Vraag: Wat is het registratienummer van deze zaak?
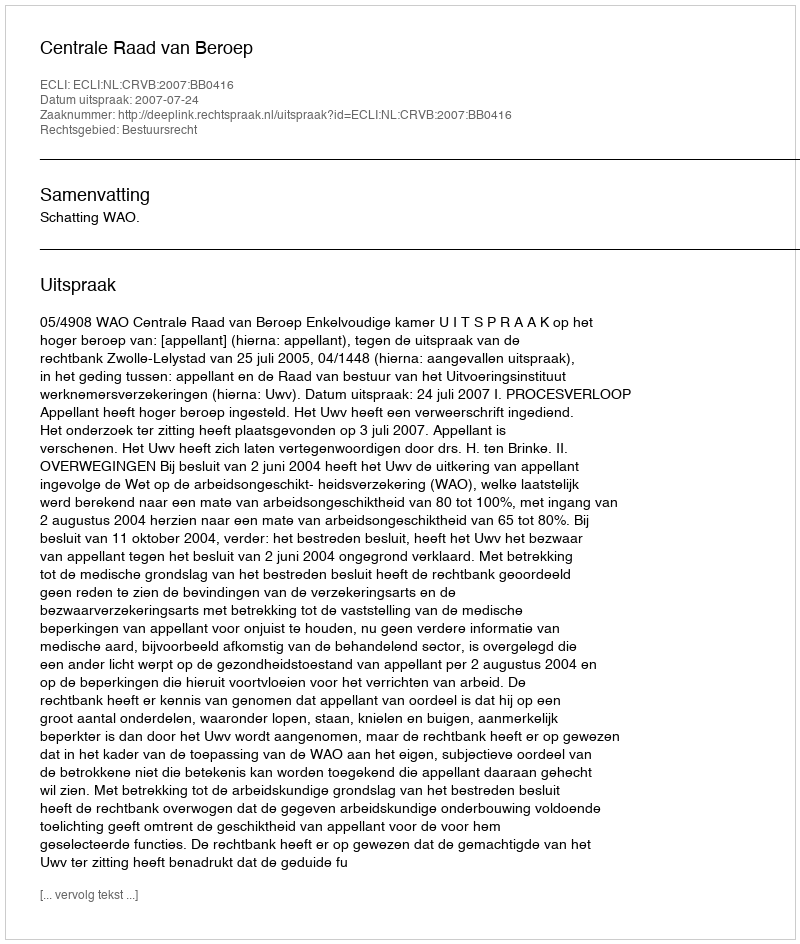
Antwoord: http://deeplink.rechtspraak.nl/uitspraak?id=ECLI:NL:CRVB:2007:BB0416